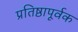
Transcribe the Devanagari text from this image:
प्रतिष्ठापूर्वक